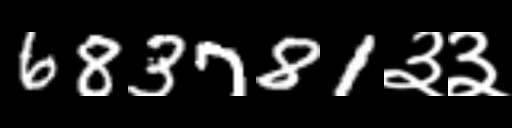
Text: 683781३३